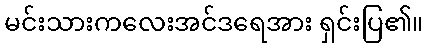
မင်းသားကလေးအင်ဒရေအား ရှင်းပြ၏။